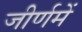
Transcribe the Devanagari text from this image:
जीर्णमें